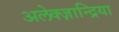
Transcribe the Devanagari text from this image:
अलेक्ज़ान्द्रिया